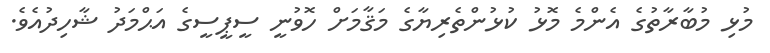
މުޅި މުބާރާތުގެ އެންމެ މޮޅު ކުޅުންތެރިޔާގެ މަޤާމަށް ހޮވުނީ ސީޕީސީގެ އަޙްމަދު ޝާހިދުއެވެ.